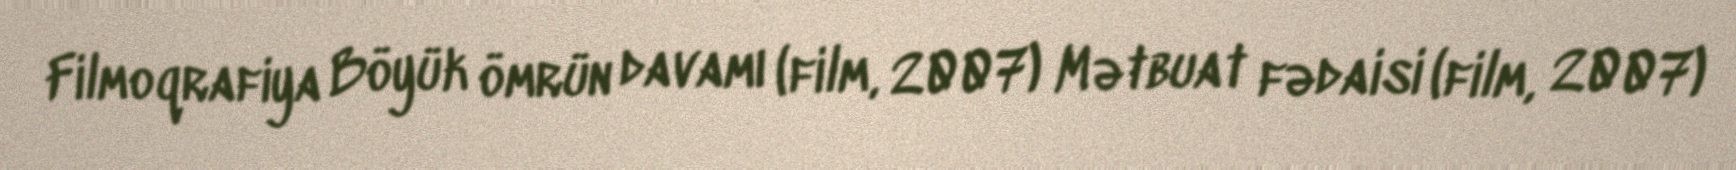
Filmoqrafiya Böyük ömrün davamı (film, 2007) Mətbuat fədaisi (film, 2007)